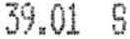
39.01 S